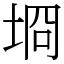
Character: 埛